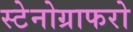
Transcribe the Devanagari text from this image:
स्टेनोग्राफरो